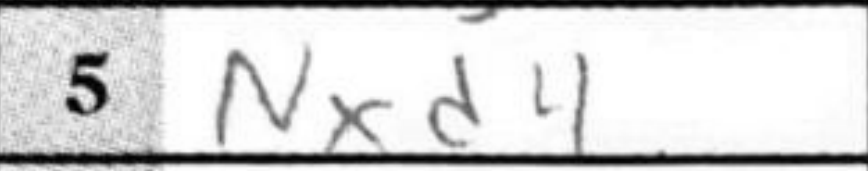
Transcription: Nxd4